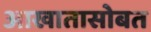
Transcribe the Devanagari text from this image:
आखातासोबत